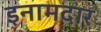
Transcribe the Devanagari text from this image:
इनामदार